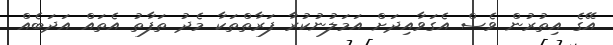
އޭގެ އިތުރުން ވެސް އެގަވާއިދަށް އަމަލުނުކުރާ ފަރާތްތަކާ މެދު ތަފާތު އެތައް އަދަބެއް